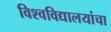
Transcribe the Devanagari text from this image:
विश्वविद्यालयांचा